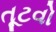
તૂટવો